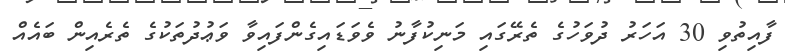
ފާއިތުވި 30 އަހަރު ދުވަހުގެ ތެރޭގައި މަނިކުފާނު ވެވަޑައިގެންފައިވާ ވަޢުދުތަކުގެ ތެރެއިން ބައެއް